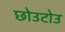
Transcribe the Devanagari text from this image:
छोउटोउ